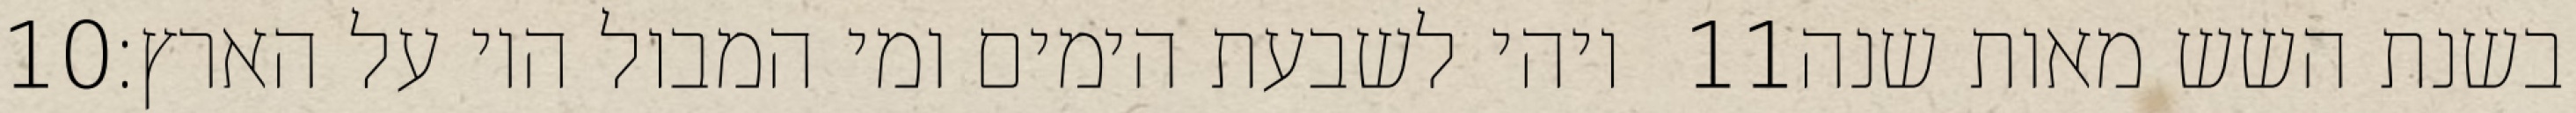
‎10‏ ויהי לשבעת הימים ומי המבול היו על הארץ׃ ‎11‏ בשנת השש מאות שנה